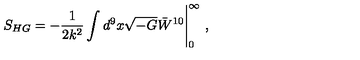
S _ { H G } = - \frac { 1 } { 2 k ^ { 2 } } \int d ^ { 9 } x \sqrt { - G } \bar { W } ^ { 1 0 } \Bigg | _ { 0 } ^ { \infty } \ ,